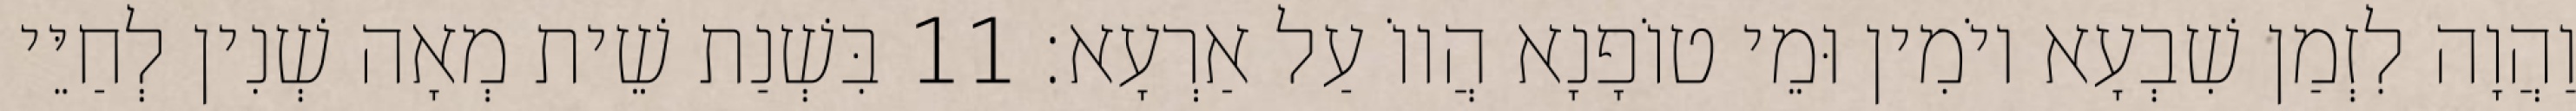
וַהֲוָה לִזְמַן שִׁבְעָא יוֹמִין וּמֵי טוֹפָנָא הֲווֹ עַל אַרְעָא׃ 11 בִּשְׁנַת שֵׁית מְאָה שְׁנִין לְחַיֵּי